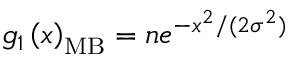
g _ { 1 } \left( x \right) _ { \mathrm { M B } } = n e ^ { - x ^ { 2 } / ( 2 \sigma ^ { 2 } ) }